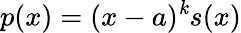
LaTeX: p(x)=(x-a)^{\mathit{k}}s(x)